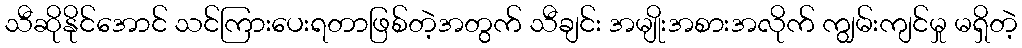
သီဆိုနိုင်အောင် သင်ကြားပေးရတာဖြစ်တဲ့အတွက် သီချင်း အမျိုးအစားအလိုက် ကျွမ်းကျင်မှု မရှိတဲ့